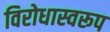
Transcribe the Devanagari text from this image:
विरोधास्वरूप